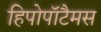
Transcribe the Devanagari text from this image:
हिपोपॉटैमस